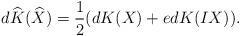
LaTeX: \begin{align*}d\widehat{K}(\widehat{X})=\frac{1}{2}(dK(X)+edK(IX)).\end{align*}